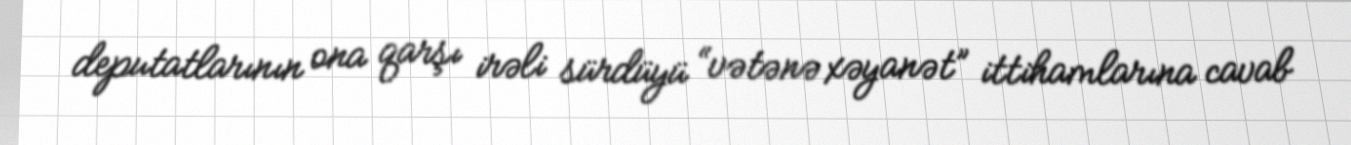
deputatlarının ona qarşı irəli sürdüyü “vətənə xəyanət” ittihamlarına cavab